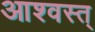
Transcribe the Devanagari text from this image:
आश्वस्त्